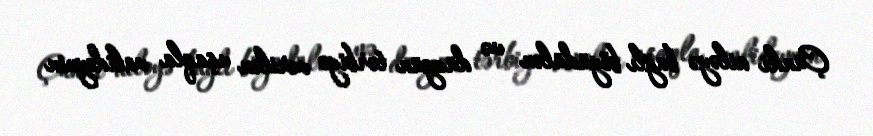
Çünki ailəyə bağlı böyüdülən və düzgün tərbiyə verilən uşaqla valideynin